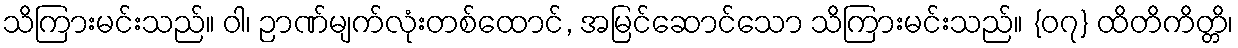
သိကြားမင်းသည်။ ဝါ၊ ဉာဏ်မျက်လုံးတစ်ထောင်, အမြင်ဆောင်သော သိကြားမင်းသည်။ {၀၇} ထိတိကိတ္တိ၊